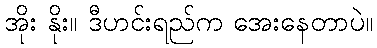
အိုး နိုး။ ဒီဟင်းရည်က အေးနေတာပဲ။